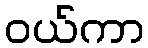
ဝယ်ကာ